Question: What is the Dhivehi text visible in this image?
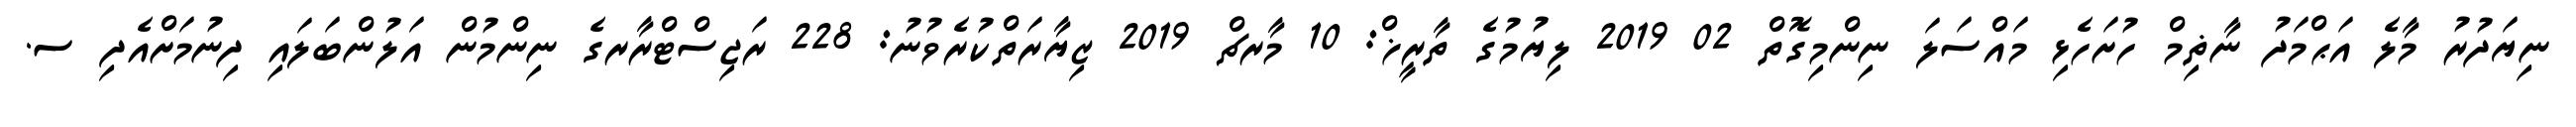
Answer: ނިޔަދުރު މާލެ އަޙްމަދު ނާޡިމް ހުށަހެޅި މައްސަލަ ނިންމިގޮތް 02 2019 ލިޔުމުގެ ތާރީޚް: 10 މާރޗް 2019 ޒިޔާރަތްކުރެވުނު: 228 ރަޖިސްޓްރާރގެ ނިންމުން އަލުންބަލައި ދިނުމަށްއެދި ސ.